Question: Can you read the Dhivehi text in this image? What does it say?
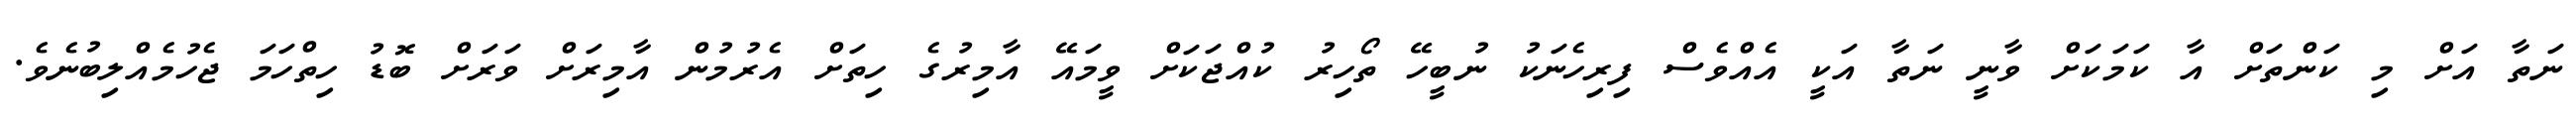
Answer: ނަތާ އަށް މި ކަންތަށް އާ ކަމަކަށް ވާނީ ނަތާ އަކީ އެއްވެސް ފިރިހެނަކު ނުބީހޭ ތޯހިރު ކުއްޖަކަށް ވީމައޭ އާމިރުގެ ހިތަށް އެރުމުން އާމިރަށް ވަރަށް ބޮޑު ހިތްހަމަ ޖެހުމެއްލިބުނެވެ.